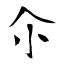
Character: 尒